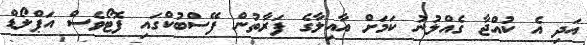
އަދި އެ ކުއްޖާ ގެއްލުނު ކަމަށް އާއިލާގެ ފަރާތުން ފޭސްބުކްގައި ފޮޓޯވެސް އަޕްލޯޑް